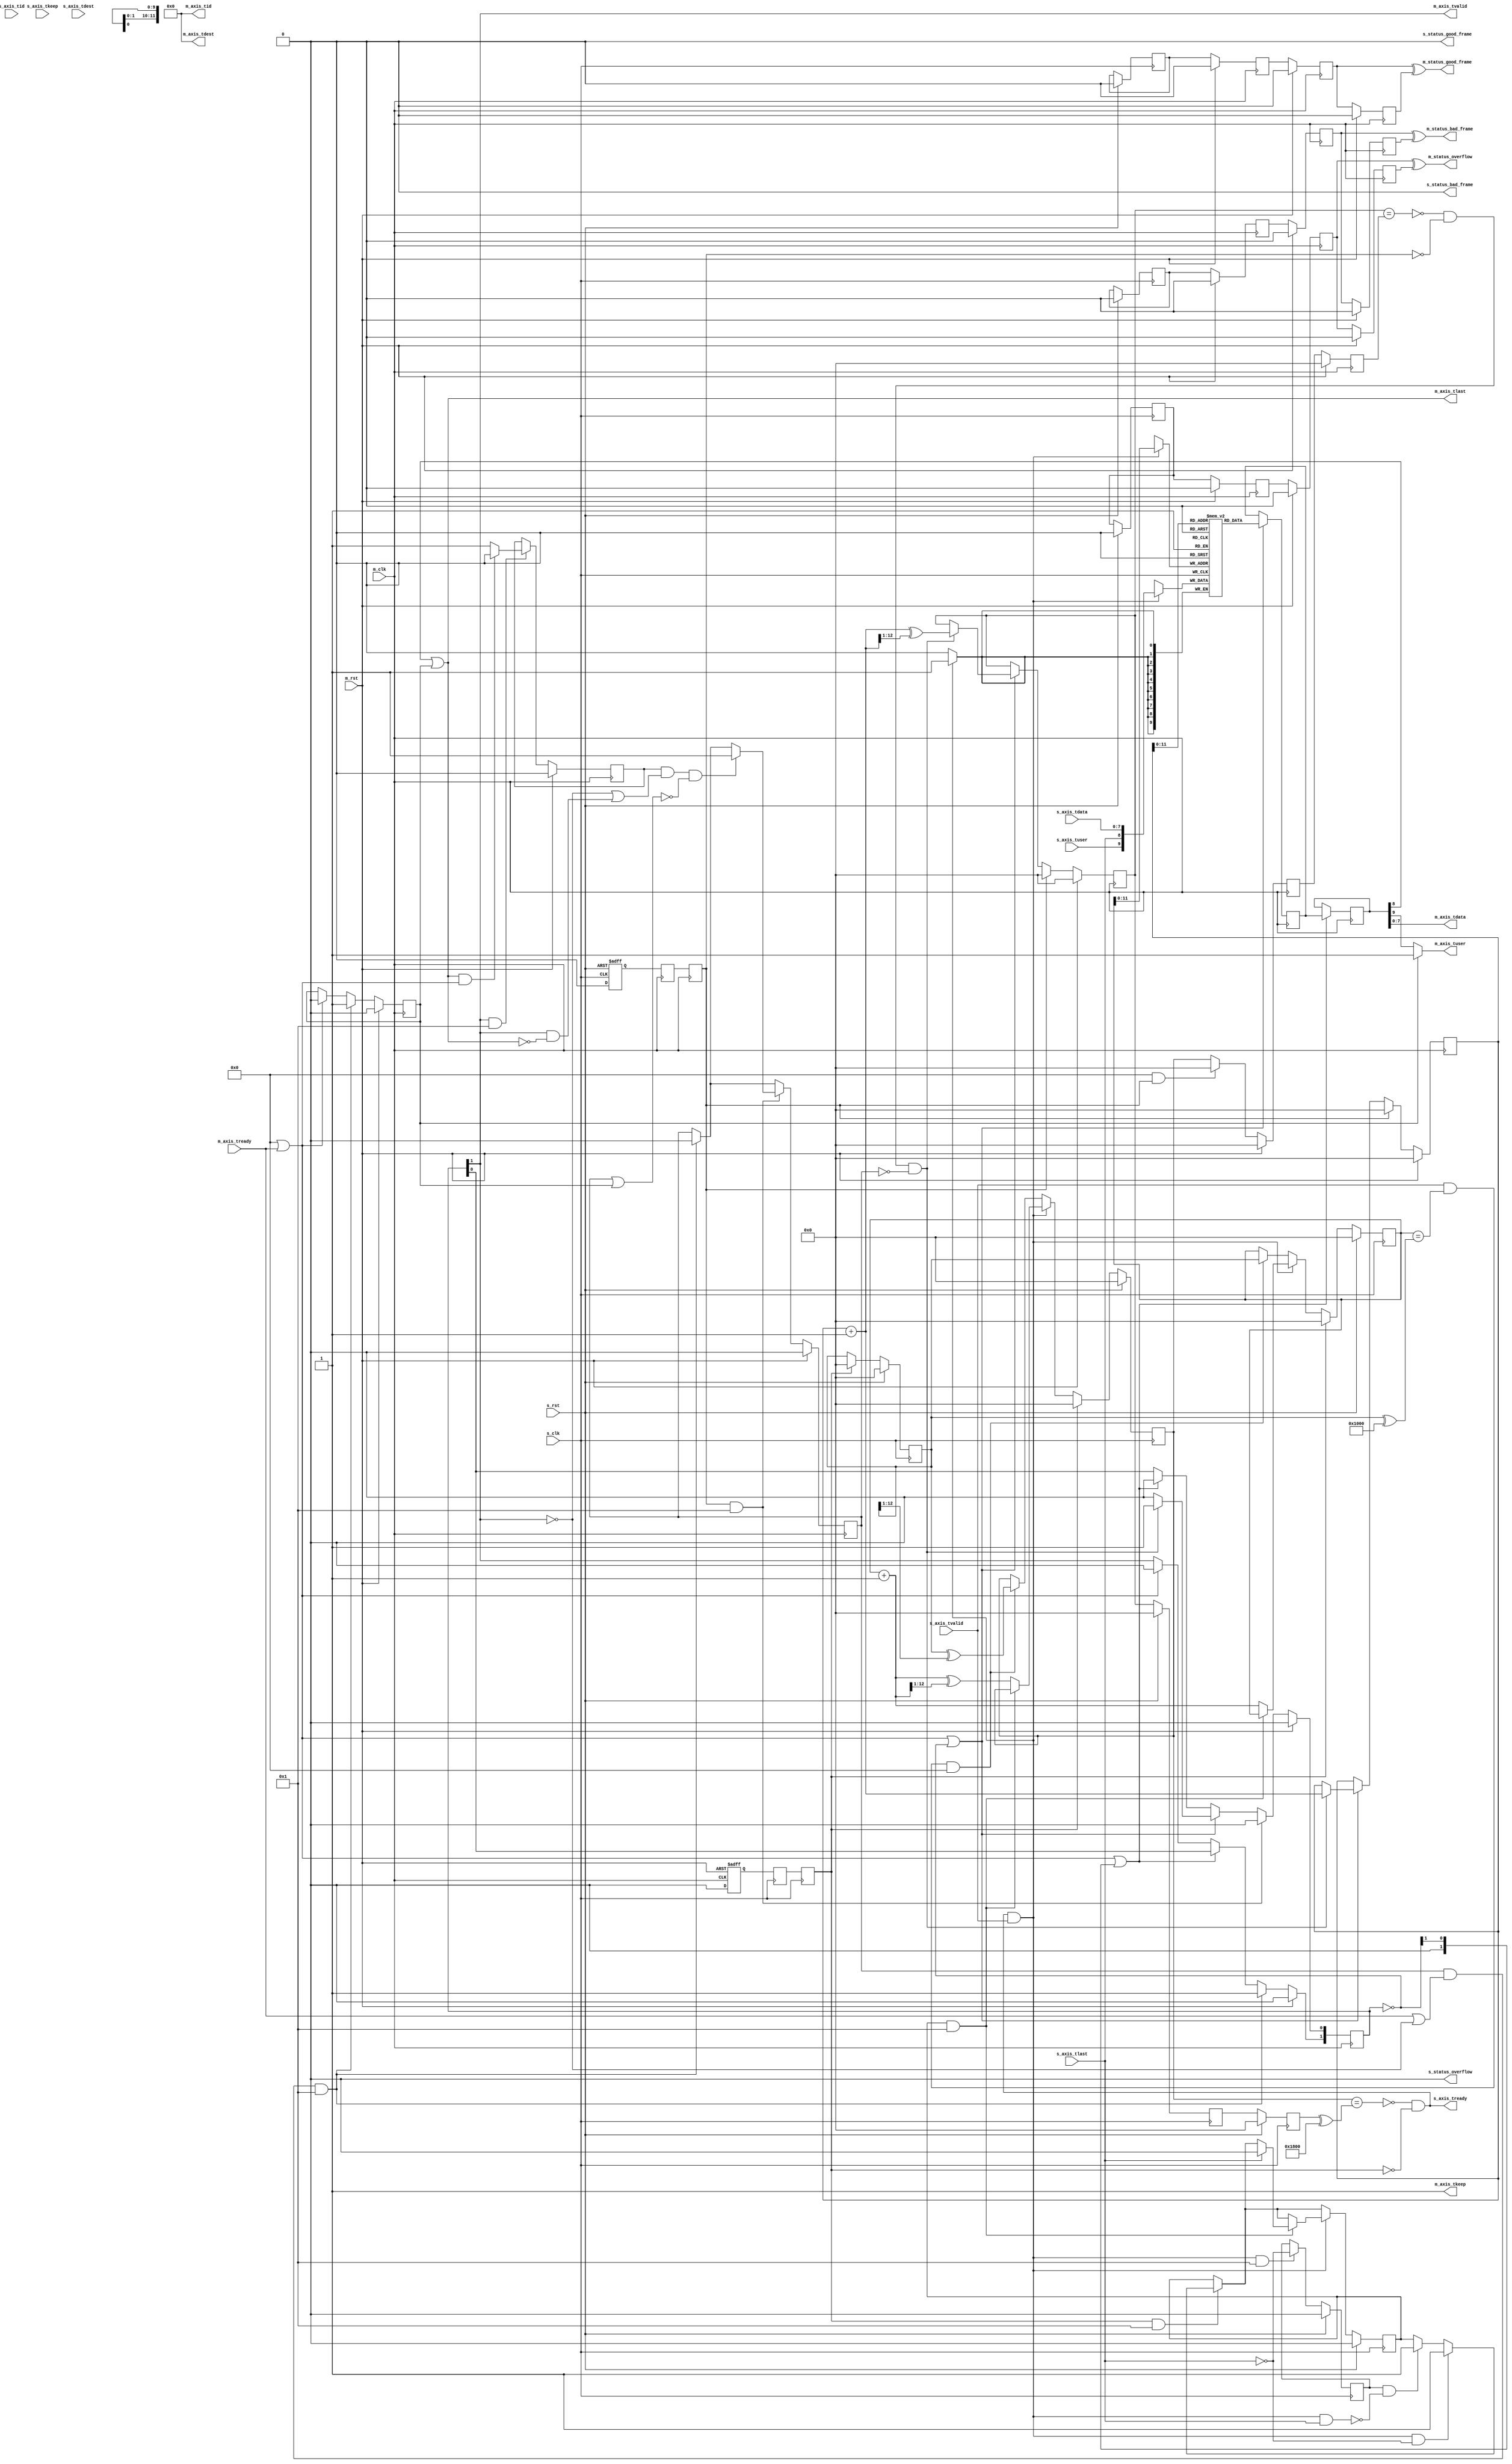
// This program was cloned from: https://github.com/ucsdsysnet/Rosebud
// License: MIT License

/*

Copyright (c) 2014-2021 Alex Forencich

Permission is hereby granted, free of charge, to any person obtaining a copy
of this software and associated documentation files (the "Software"), to deal
in the Software without restriction, including without limitation the rights
to use, copy, modify, merge, publish, distribute, sublicense, and/or sell
copies of the Software, and to permit persons to whom the Software is
furnished to do so, subject to the following conditions:

The above copyright notice and this permission notice shall be included in
all copies or substantial portions of the Software.

THE SOFTWARE IS PROVIDED "AS IS", WITHOUT WARRANTY OF ANY KIND, EXPRESS OR
IMPLIED, INCLUDING BUT NOT LIMITED TO THE WARRANTIES OF MERCHANTABILITY
FITNESS FOR A PARTICULAR PURPOSE AND NONINFRINGEMENT. IN NO EVENT SHALL THE
AUTHORS OR COPYRIGHT HOLDERS BE LIABLE FOR ANY CLAIM, DAMAGES OR OTHER
LIABILITY, WHETHER IN AN ACTION OF CONTRACT, TORT OR OTHERWISE, ARISING FROM,
OUT OF OR IN CONNECTION WITH THE SOFTWARE OR THE USE OR OTHER DEALINGS IN
THE SOFTWARE.

*/

// Language: Verilog 2001

`resetall
`timescale 1ns / 1ps
`default_nettype none

/*
 * AXI4-Stream asynchronous FIFO
 */
module axis_async_fifo #
(
    // FIFO depth in words
    // KEEP_WIDTH words per cycle if KEEP_ENABLE set
    // Rounded up to nearest power of 2 cycles
    parameter DEPTH = 4096,
    // Width of AXI stream interfaces in bits
    parameter DATA_WIDTH = 8,
    // Propagate tkeep signal
    // If disabled, tkeep assumed to be 1'b1
    parameter KEEP_ENABLE = (DATA_WIDTH>8),
    // tkeep signal width (words per cycle)
    parameter KEEP_WIDTH = ((DATA_WIDTH+7)/8),
    // Propagate tlast signal
    parameter LAST_ENABLE = 1,
    // Propagate tid signal
    parameter ID_ENABLE = 0,
    // tid signal width
    parameter ID_WIDTH = 8,
    // Propagate tdest signal
    parameter DEST_ENABLE = 0,
    // tdest signal width
    parameter DEST_WIDTH = 8,
    // Propagate tuser signal
    parameter USER_ENABLE = 1,
    // tuser signal width
    parameter USER_WIDTH = 1,
    // number of RAM pipeline registers
    parameter RAM_PIPELINE = 1,
    // use output FIFO
    // When set, the RAM read enable and pipeline clock enables are removed
    parameter OUTPUT_FIFO_ENABLE = 0,
    // Frame FIFO mode - operate on frames instead of cycles
    // When set, m_axis_tvalid will not be deasserted within a frame
    // Requires LAST_ENABLE set
    parameter FRAME_FIFO = 0,
    // tuser value for bad frame marker
    parameter USER_BAD_FRAME_VALUE = 1'b1,
    // tuser mask for bad frame marker
    parameter USER_BAD_FRAME_MASK = 1'b1,
    // Drop frames larger than FIFO
    // Requires FRAME_FIFO set
    parameter DROP_OVERSIZE_FRAME = FRAME_FIFO,
    // Drop frames marked bad
    // Requires FRAME_FIFO and DROP_OVERSIZE_FRAME set
    parameter DROP_BAD_FRAME = 0,
    // Drop incoming frames when full
    // When set, s_axis_tready is always asserted
    // Requires FRAME_FIFO and DROP_OVERSIZE_FRAME set
    parameter DROP_WHEN_FULL = 0
)
(
    /*
     * AXI input
     */
    input  wire                   s_clk,
    input  wire                   s_rst,
    input  wire [DATA_WIDTH-1:0]  s_axis_tdata,
    input  wire [KEEP_WIDTH-1:0]  s_axis_tkeep,
    input  wire                   s_axis_tvalid,
    output wire                   s_axis_tready,
    input  wire                   s_axis_tlast,
    input  wire [ID_WIDTH-1:0]    s_axis_tid,
    input  wire [DEST_WIDTH-1:0]  s_axis_tdest,
    input  wire [USER_WIDTH-1:0]  s_axis_tuser,

    /*
     * AXI output
     */
    input  wire                   m_clk,
    input  wire                   m_rst,
    output wire [DATA_WIDTH-1:0]  m_axis_tdata,
    output wire [KEEP_WIDTH-1:0]  m_axis_tkeep,
    output wire                   m_axis_tvalid,
    input  wire                   m_axis_tready,
    output wire                   m_axis_tlast,
    output wire [ID_WIDTH-1:0]    m_axis_tid,
    output wire [DEST_WIDTH-1:0]  m_axis_tdest,
    output wire [USER_WIDTH-1:0]  m_axis_tuser,

    /*
     * Status
     */
    output wire                   s_status_overflow,
    output wire                   s_status_bad_frame,
    output wire                   s_status_good_frame,
    output wire                   m_status_overflow,
    output wire                   m_status_bad_frame,
    output wire                   m_status_good_frame
);

parameter ADDR_WIDTH = (KEEP_ENABLE && KEEP_WIDTH > 1) ? $clog2(DEPTH/KEEP_WIDTH) : $clog2(DEPTH);

parameter OUTPUT_FIFO_ADDR_WIDTH = RAM_PIPELINE < 2 ? 3 : $clog2(RAM_PIPELINE*2+7);

// check configuration
initial begin
    if (FRAME_FIFO && !LAST_ENABLE) begin
        $error("Error: FRAME_FIFO set requires LAST_ENABLE set (instance %m)");
        $finish;
    end

    if (DROP_OVERSIZE_FRAME && !FRAME_FIFO) begin
        $error("Error: DROP_OVERSIZE_FRAME set requires FRAME_FIFO set (instance %m)");
        $finish;
    end

    if (DROP_BAD_FRAME && !(FRAME_FIFO && DROP_OVERSIZE_FRAME)) begin
        $error("Error: DROP_BAD_FRAME set requires FRAME_FIFO and DROP_OVERSIZE_FRAME set (instance %m)");
        $finish;
    end

    if (DROP_WHEN_FULL && !(FRAME_FIFO && DROP_OVERSIZE_FRAME)) begin
        $error("Error: DROP_WHEN_FULL set requires FRAME_FIFO and DROP_OVERSIZE_FRAME set (instance %m)");
        $finish;
    end

    if (DROP_BAD_FRAME && (USER_BAD_FRAME_MASK & {USER_WIDTH{1'b1}}) == 0) begin
        $error("Error: Invalid USER_BAD_FRAME_MASK value (instance %m)");
        $finish;
    end
end

localparam KEEP_OFFSET = DATA_WIDTH;
localparam LAST_OFFSET = KEEP_OFFSET + (KEEP_ENABLE ? KEEP_WIDTH : 0);
localparam ID_OFFSET   = LAST_OFFSET + (LAST_ENABLE ? 1          : 0);
localparam DEST_OFFSET = ID_OFFSET   + (ID_ENABLE   ? ID_WIDTH   : 0);
localparam USER_OFFSET = DEST_OFFSET + (DEST_ENABLE ? DEST_WIDTH : 0);
localparam WIDTH       = USER_OFFSET + (USER_ENABLE ? USER_WIDTH : 0);

reg [ADDR_WIDTH:0] wr_ptr_reg = {ADDR_WIDTH+1{1'b0}};
reg [ADDR_WIDTH:0] wr_ptr_cur_reg = {ADDR_WIDTH+1{1'b0}};
reg [ADDR_WIDTH:0] wr_ptr_gray_reg = {ADDR_WIDTH+1{1'b0}};
reg [ADDR_WIDTH:0] wr_ptr_sync_gray_reg = {ADDR_WIDTH+1{1'b0}};
reg [ADDR_WIDTH:0] wr_ptr_cur_gray_reg = {ADDR_WIDTH+1{1'b0}};
reg [ADDR_WIDTH:0] rd_ptr_reg = {ADDR_WIDTH+1{1'b0}};
reg [ADDR_WIDTH:0] rd_ptr_gray_reg = {ADDR_WIDTH+1{1'b0}};

reg [ADDR_WIDTH:0] wr_ptr_temp;
reg [ADDR_WIDTH:0] rd_ptr_temp;

(* SHREG_EXTRACT = "NO" *)
reg [ADDR_WIDTH:0] wr_ptr_gray_sync1_reg = {ADDR_WIDTH+1{1'b0}};
(* SHREG_EXTRACT = "NO" *)
reg [ADDR_WIDTH:0] wr_ptr_gray_sync2_reg = {ADDR_WIDTH+1{1'b0}};
(* SHREG_EXTRACT = "NO" *)
reg [ADDR_WIDTH:0] rd_ptr_gray_sync1_reg = {ADDR_WIDTH+1{1'b0}};
(* SHREG_EXTRACT = "NO" *)
reg [ADDR_WIDTH:0] rd_ptr_gray_sync2_reg = {ADDR_WIDTH+1{1'b0}};

reg wr_ptr_update_valid_reg = 1'b0;
reg wr_ptr_update_reg = 1'b0;
(* SHREG_EXTRACT = "NO" *)
reg wr_ptr_update_sync1_reg = 1'b0;
(* SHREG_EXTRACT = "NO" *)
reg wr_ptr_update_sync2_reg = 1'b0;
(* SHREG_EXTRACT = "NO" *)
reg wr_ptr_update_sync3_reg = 1'b0;
(* SHREG_EXTRACT = "NO" *)
reg wr_ptr_update_ack_sync1_reg = 1'b0;
(* SHREG_EXTRACT = "NO" *)
reg wr_ptr_update_ack_sync2_reg = 1'b0;

(* SHREG_EXTRACT = "NO" *)
reg s_rst_sync1_reg = 1'b1;
(* SHREG_EXTRACT = "NO" *)
reg s_rst_sync2_reg = 1'b1;
(* SHREG_EXTRACT = "NO" *)
reg s_rst_sync3_reg = 1'b1;
(* SHREG_EXTRACT = "NO" *)
reg m_rst_sync1_reg = 1'b1;
(* SHREG_EXTRACT = "NO" *)
reg m_rst_sync2_reg = 1'b1;
(* SHREG_EXTRACT = "NO" *)
reg m_rst_sync3_reg = 1'b1;

(* ramstyle = "no_rw_check" *)
reg [WIDTH-1:0] mem[(2**ADDR_WIDTH)-1:0];
reg [WIDTH-1:0] mem_read_data_reg;
reg mem_read_data_valid_reg = 1'b0;

(* shreg_extract = "no" *)
reg [WIDTH-1:0] m_axis_pipe_reg[RAM_PIPELINE+1-1:0];
reg [RAM_PIPELINE+1-1:0] m_axis_tvalid_pipe_reg = 0;

// full when first TWO MSBs do NOT match, but rest matches
// (gray code equivalent of first MSB different but rest same)
wire full = wr_ptr_gray_reg == (rd_ptr_gray_sync2_reg ^ {2'b11, {ADDR_WIDTH-1{1'b0}}});
wire full_cur = wr_ptr_cur_gray_reg == (rd_ptr_gray_sync2_reg ^ {2'b11, {ADDR_WIDTH-1{1'b0}}});
// empty when pointers match exactly
wire empty = rd_ptr_gray_reg == (FRAME_FIFO ? wr_ptr_gray_sync1_reg : wr_ptr_gray_sync2_reg);
// overflow within packet
wire full_wr = wr_ptr_reg == (wr_ptr_cur_reg ^ {1'b1, {ADDR_WIDTH{1'b0}}});

// control signals
reg write;
reg read;
reg store_output;

reg s_frame_reg = 1'b0;
reg m_frame_reg = 1'b0;

reg drop_frame_reg = 1'b0;
reg send_frame_reg = 1'b0;
reg overflow_reg = 1'b0;
reg bad_frame_reg = 1'b0;
reg good_frame_reg = 1'b0;

reg m_drop_frame_reg = 1'b0;
reg m_terminate_frame_reg = 1'b0;

reg overflow_sync1_reg = 1'b0;
reg overflow_sync2_reg = 1'b0;
reg overflow_sync3_reg = 1'b0;
reg overflow_sync4_reg = 1'b0;
reg bad_frame_sync1_reg = 1'b0;
reg bad_frame_sync2_reg = 1'b0;
reg bad_frame_sync3_reg = 1'b0;
reg bad_frame_sync4_reg = 1'b0;
reg good_frame_sync1_reg = 1'b0;
reg good_frame_sync2_reg = 1'b0;
reg good_frame_sync3_reg = 1'b0;
reg good_frame_sync4_reg = 1'b0;

assign s_axis_tready = (FRAME_FIFO ? (!full_cur || (full_wr && DROP_OVERSIZE_FRAME) || DROP_WHEN_FULL) : !full) && !s_rst_sync3_reg;

wire [WIDTH-1:0] s_axis;

generate
    assign s_axis[DATA_WIDTH-1:0] = s_axis_tdata;
    if (KEEP_ENABLE) assign s_axis[KEEP_OFFSET +: KEEP_WIDTH] = s_axis_tkeep;
    if (LAST_ENABLE) assign s_axis[LAST_OFFSET]               = s_axis_tlast;
    if (ID_ENABLE)   assign s_axis[ID_OFFSET   +: ID_WIDTH]   = s_axis_tid;
    if (DEST_ENABLE) assign s_axis[DEST_OFFSET +: DEST_WIDTH] = s_axis_tdest;
    if (USER_ENABLE) assign s_axis[USER_OFFSET +: USER_WIDTH] = s_axis_tuser;
endgenerate

wire [WIDTH-1:0] m_axis = RAM_PIPELINE ? m_axis_pipe_reg[RAM_PIPELINE+1-1] : mem_read_data_reg;

wire                   m_axis_tvalid_pipe = m_axis_tvalid_pipe_reg[RAM_PIPELINE+1-1];

wire [DATA_WIDTH-1:0]  m_axis_tdata_pipe  = m_axis[DATA_WIDTH-1:0];
wire [KEEP_WIDTH-1:0]  m_axis_tkeep_pipe  = KEEP_ENABLE ? m_axis[KEEP_OFFSET +: KEEP_WIDTH] : {KEEP_WIDTH{1'b1}};
wire                   m_axis_tlast_pipe  = LAST_ENABLE ? m_axis[LAST_OFFSET] | m_terminate_frame_reg : 1'b1;
wire [ID_WIDTH-1:0]    m_axis_tid_pipe    = ID_ENABLE   ? m_axis[ID_OFFSET +: ID_WIDTH] : {ID_WIDTH{1'b0}};
wire [DEST_WIDTH-1:0]  m_axis_tdest_pipe  = DEST_ENABLE ? m_axis[DEST_OFFSET +: DEST_WIDTH] : {DEST_WIDTH{1'b0}};
wire [USER_WIDTH-1:0]  m_axis_tuser_pipe  = USER_ENABLE ? (m_terminate_frame_reg ? USER_BAD_FRAME_VALUE : m_axis[USER_OFFSET +: USER_WIDTH]) : {USER_WIDTH{1'b0}};

wire pipe_ready;

assign s_status_overflow = overflow_reg;
assign s_status_bad_frame = bad_frame_reg;
assign s_status_good_frame = good_frame_reg;

assign m_status_overflow = overflow_sync3_reg ^ overflow_sync4_reg;
assign m_status_bad_frame = bad_frame_sync3_reg ^ bad_frame_sync4_reg;
assign m_status_good_frame = good_frame_sync3_reg ^ good_frame_sync4_reg;

// reset synchronization
always @(posedge m_clk or posedge m_rst) begin
    if (m_rst) begin
        s_rst_sync1_reg <= 1'b1;
    end else begin
        s_rst_sync1_reg <= 1'b0;
    end
end

always @(posedge s_clk) begin
    s_rst_sync2_reg <= s_rst_sync1_reg;
    s_rst_sync3_reg <= s_rst_sync2_reg;
end

always @(posedge s_clk or posedge s_rst) begin
    if (s_rst) begin
        m_rst_sync1_reg <= 1'b1;
    end else begin
        m_rst_sync1_reg <= 1'b0;
    end
end

always @(posedge m_clk) begin
    m_rst_sync2_reg <= m_rst_sync1_reg;
    m_rst_sync3_reg <= m_rst_sync2_reg;
end

// Write logic
always @(posedge s_clk) begin
    overflow_reg <= 1'b0;
    bad_frame_reg <= 1'b0;
    good_frame_reg <= 1'b0;

    if (FRAME_FIFO && wr_ptr_update_valid_reg) begin
        // have updated pointer to sync
        if (wr_ptr_update_reg == wr_ptr_update_ack_sync2_reg) begin
            // no sync in progress; sync update
            wr_ptr_update_valid_reg <= 1'b0;
            wr_ptr_sync_gray_reg <= wr_ptr_gray_reg;
            wr_ptr_update_reg <= !wr_ptr_update_ack_sync2_reg;
        end
    end

    if (s_axis_tready && s_axis_tvalid && LAST_ENABLE) begin
        // track input frame status
        s_frame_reg <= !s_axis_tlast;
    end

    if (s_rst_sync3_reg && LAST_ENABLE) begin
        // if sink side is reset during transfer, drop partial frame
        if (s_frame_reg && !(s_axis_tready && s_axis_tvalid && s_axis_tlast)) begin
            drop_frame_reg <= 1'b1;
        end
        if (s_axis_tready && s_axis_tvalid && !s_axis_tlast) begin
            drop_frame_reg <= 1'b1;
        end
    end

    if (s_axis_tready && s_axis_tvalid) begin
        // transfer in
        if (!FRAME_FIFO) begin
            // normal FIFO mode
            mem[wr_ptr_reg[ADDR_WIDTH-1:0]] <= s_axis;
            if (drop_frame_reg && LAST_ENABLE) begin
                // currently dropping frame
                // (only for frame transfers interrupted by sink reset)
                if (s_axis_tlast) begin
                    // end of frame, clear drop flag
                    drop_frame_reg <= 1'b0;
                end
            end else begin
                // update pointers
                wr_ptr_temp = wr_ptr_reg + 1;
                wr_ptr_reg <= wr_ptr_temp;
                wr_ptr_gray_reg <= wr_ptr_temp ^ (wr_ptr_temp >> 1);
            end
        end else if ((full_cur && DROP_WHEN_FULL) || (full_wr && DROP_OVERSIZE_FRAME) || drop_frame_reg) begin
            // full, packet overflow, or currently dropping frame
            // drop frame
            drop_frame_reg <= 1'b1;
            if (s_axis_tlast) begin
                // end of frame, reset write pointer
                wr_ptr_temp = wr_ptr_reg;
                wr_ptr_cur_reg <= wr_ptr_temp;
                wr_ptr_cur_gray_reg <= wr_ptr_temp ^ (wr_ptr_temp >> 1);
                drop_frame_reg <= 1'b0;
                overflow_reg <= 1'b1;
            end
        end else begin
            mem[wr_ptr_cur_reg[ADDR_WIDTH-1:0]] <= s_axis;
            wr_ptr_temp = wr_ptr_cur_reg + 1;
            wr_ptr_cur_reg <= wr_ptr_temp;
            wr_ptr_cur_gray_reg <= wr_ptr_temp ^ (wr_ptr_temp >> 1);
            if (s_axis_tlast || (!DROP_OVERSIZE_FRAME && (full_wr || send_frame_reg))) begin
                // end of frame or send frame
                send_frame_reg <= !s_axis_tlast;
                if (s_axis_tlast && DROP_BAD_FRAME && USER_BAD_FRAME_MASK & ~(s_axis_tuser ^ USER_BAD_FRAME_VALUE)) begin
                    // bad packet, reset write pointer
                    wr_ptr_temp = wr_ptr_reg;
                    wr_ptr_cur_reg <= wr_ptr_temp;
                    wr_ptr_cur_gray_reg <= wr_ptr_temp ^ (wr_ptr_temp >> 1);
                    bad_frame_reg <= 1'b1;
                end else begin
                    // good packet or packet overflow, update write pointer
                    wr_ptr_temp = wr_ptr_cur_reg + 1;
                    wr_ptr_reg <= wr_ptr_temp;
                    wr_ptr_gray_reg <= wr_ptr_temp ^ (wr_ptr_temp >> 1);

                    if (wr_ptr_update_reg == wr_ptr_update_ack_sync2_reg) begin
                        // no sync in progress; sync update
                        wr_ptr_update_valid_reg <= 1'b0;
                        wr_ptr_sync_gray_reg <= wr_ptr_temp ^ (wr_ptr_temp >> 1);
                        wr_ptr_update_reg <= !wr_ptr_update_ack_sync2_reg;
                    end else begin
                        // sync in progress; flag it for later
                        wr_ptr_update_valid_reg <= 1'b1;
                    end

                    good_frame_reg <= s_axis_tlast;
                end
            end
        end
    end else if (s_axis_tvalid && full_wr && FRAME_FIFO && !DROP_OVERSIZE_FRAME) begin
        // data valid with packet overflow
        // update write pointer
        send_frame_reg <= 1'b1;
        wr_ptr_temp = wr_ptr_cur_reg;
        wr_ptr_reg <= wr_ptr_temp;
        wr_ptr_gray_reg <= wr_ptr_temp ^ (wr_ptr_temp >> 1);

        if (wr_ptr_update_reg == wr_ptr_update_ack_sync2_reg) begin
            // no sync in progress; sync update
            wr_ptr_update_valid_reg <= 1'b0;
            wr_ptr_sync_gray_reg <= wr_ptr_temp ^ (wr_ptr_temp >> 1);
            wr_ptr_update_reg <= !wr_ptr_update_ack_sync2_reg;
        end else begin
            // sync in progress; flag it for later
            wr_ptr_update_valid_reg <= 1'b1;
        end
    end

    if (s_rst_sync3_reg) begin
        wr_ptr_reg <= {ADDR_WIDTH+1{1'b0}};
        wr_ptr_cur_reg <= {ADDR_WIDTH+1{1'b0}};
        wr_ptr_gray_reg <= {ADDR_WIDTH+1{1'b0}};
        wr_ptr_sync_gray_reg <= {ADDR_WIDTH+1{1'b0}};
        wr_ptr_cur_gray_reg <= {ADDR_WIDTH+1{1'b0}};

        wr_ptr_update_valid_reg <= 1'b0;
        wr_ptr_update_reg <= 1'b0;
    end

    if (s_rst) begin
        wr_ptr_reg <= {ADDR_WIDTH+1{1'b0}};
        wr_ptr_cur_reg <= {ADDR_WIDTH+1{1'b0}};
        wr_ptr_gray_reg <= {ADDR_WIDTH+1{1'b0}};
        wr_ptr_sync_gray_reg <= {ADDR_WIDTH+1{1'b0}};
        wr_ptr_cur_gray_reg <= {ADDR_WIDTH+1{1'b0}};

        wr_ptr_update_valid_reg <= 1'b0;
        wr_ptr_update_reg <= 1'b0;

        s_frame_reg <= 1'b0;

        drop_frame_reg <= 1'b0;
        send_frame_reg <= 1'b0;
        overflow_reg <= 1'b0;
        bad_frame_reg <= 1'b0;
        good_frame_reg <= 1'b0;
    end
end

// pointer synchronization
always @(posedge s_clk) begin
    rd_ptr_gray_sync1_reg <= rd_ptr_gray_reg;
    rd_ptr_gray_sync2_reg <= rd_ptr_gray_sync1_reg;
    wr_ptr_update_ack_sync1_reg <= wr_ptr_update_sync3_reg;
    wr_ptr_update_ack_sync2_reg <= wr_ptr_update_ack_sync1_reg;

    if (s_rst) begin
        rd_ptr_gray_sync1_reg <= {ADDR_WIDTH+1{1'b0}};
        rd_ptr_gray_sync2_reg <= {ADDR_WIDTH+1{1'b0}};
        wr_ptr_update_ack_sync1_reg <= 1'b0;
        wr_ptr_update_ack_sync2_reg <= 1'b0;
    end
end

always @(posedge m_clk) begin
    if (!FRAME_FIFO) begin
        wr_ptr_gray_sync1_reg <= wr_ptr_gray_reg;
    end else if (wr_ptr_update_sync2_reg ^ wr_ptr_update_sync3_reg) begin
        wr_ptr_gray_sync1_reg <= wr_ptr_sync_gray_reg;
    end
    wr_ptr_gray_sync2_reg <= wr_ptr_gray_sync1_reg;
    wr_ptr_update_sync1_reg <= wr_ptr_update_reg;
    wr_ptr_update_sync2_reg <= wr_ptr_update_sync1_reg;
    wr_ptr_update_sync3_reg <= wr_ptr_update_sync2_reg;

    if (FRAME_FIFO && m_rst_sync3_reg) begin
        wr_ptr_gray_sync1_reg <= {ADDR_WIDTH+1{1'b0}};
    end

    if (m_rst) begin
        wr_ptr_gray_sync1_reg <= {ADDR_WIDTH+1{1'b0}};
        wr_ptr_gray_sync2_reg <= {ADDR_WIDTH+1{1'b0}};
        wr_ptr_update_sync1_reg <= 1'b0;
        wr_ptr_update_sync2_reg <= 1'b0;
        wr_ptr_update_sync3_reg <= 1'b0;
    end
end

// status synchronization
always @(posedge s_clk) begin
    overflow_sync1_reg <= overflow_sync1_reg ^ overflow_reg;
    bad_frame_sync1_reg <= bad_frame_sync1_reg ^ bad_frame_reg;
    good_frame_sync1_reg <= good_frame_sync1_reg ^ good_frame_reg;

    if (s_rst) begin
        overflow_sync1_reg <= 1'b0;
        bad_frame_sync1_reg <= 1'b0;
        good_frame_sync1_reg <= 1'b0;
    end
end

always @(posedge m_clk) begin
    overflow_sync2_reg <= overflow_sync1_reg;
    overflow_sync3_reg <= overflow_sync2_reg;
    overflow_sync4_reg <= overflow_sync3_reg;
    bad_frame_sync2_reg <= bad_frame_sync1_reg;
    bad_frame_sync3_reg <= bad_frame_sync2_reg;
    bad_frame_sync4_reg <= bad_frame_sync3_reg;
    good_frame_sync2_reg <= good_frame_sync1_reg;
    good_frame_sync3_reg <= good_frame_sync2_reg;
    good_frame_sync4_reg <= good_frame_sync3_reg;

    if (m_rst) begin
        overflow_sync2_reg <= 1'b0;
        overflow_sync3_reg <= 1'b0;
        overflow_sync4_reg <= 1'b0;
        bad_frame_sync2_reg <= 1'b0;
        bad_frame_sync3_reg <= 1'b0;
        bad_frame_sync4_reg <= 1'b0;
        good_frame_sync2_reg <= 1'b0;
        good_frame_sync3_reg <= 1'b0;
        good_frame_sync4_reg <= 1'b0;
    end
end

// Read logic
integer j;

always @(posedge m_clk) begin
    if (OUTPUT_FIFO_ENABLE || m_axis_tready) begin
        // output ready; invalidate stage
        m_axis_tvalid_pipe_reg[RAM_PIPELINE+1-1] <= 1'b0;
        m_terminate_frame_reg <= 1'b0;
    end

    for (j = RAM_PIPELINE+1-1; j > 0; j = j - 1) begin
        if (OUTPUT_FIFO_ENABLE || m_axis_tready || ((~m_axis_tvalid_pipe_reg) >> j)) begin
            // output ready or bubble in pipeline; transfer down pipeline
            m_axis_tvalid_pipe_reg[j] <= m_axis_tvalid_pipe_reg[j-1];
            m_axis_pipe_reg[j] <= j == 1 ? mem_read_data_reg : m_axis_pipe_reg[j-1];
            m_axis_tvalid_pipe_reg[j-1] <= 1'b0;
        end
    end

    if (OUTPUT_FIFO_ENABLE || m_axis_tready || ~m_axis_tvalid_pipe_reg) begin
        // output ready or bubble in pipeline; read new data from FIFO
        m_axis_tvalid_pipe_reg[0] <= 1'b0;
        mem_read_data_reg <= mem[rd_ptr_reg[ADDR_WIDTH-1:0]];
        if (!empty && !m_rst_sync3_reg && !m_drop_frame_reg && pipe_ready) begin
            // not empty, increment pointer
            m_axis_tvalid_pipe_reg[0] <= 1'b1;
            rd_ptr_temp = rd_ptr_reg + 1;
            rd_ptr_reg <= rd_ptr_temp;
            rd_ptr_gray_reg <= rd_ptr_temp ^ (rd_ptr_temp >> 1);
        end
    end

    if (m_axis_tvalid_pipe && LAST_ENABLE) begin
        // track output frame status
        if (m_axis_tlast_pipe && (OUTPUT_FIFO_ENABLE || m_axis_tready)) begin
            m_frame_reg <= 1'b0;
        end else begin
            m_frame_reg <= 1'b1;
        end
    end

    if (m_drop_frame_reg && (OUTPUT_FIFO_ENABLE ? pipe_ready : m_axis_tready || !m_axis_tvalid_pipe) && LAST_ENABLE) begin
        // terminate frame
        // (only for frame transfers interrupted by source reset)
        m_axis_tvalid_pipe_reg[RAM_PIPELINE+1-1] <= 1'b1;
        m_terminate_frame_reg <= 1'b1;
        m_drop_frame_reg <= 1'b0;
    end

    if (m_rst_sync3_reg && LAST_ENABLE) begin
        // if source side is reset during transfer, drop partial frame

        // empty output pipeline, except for last stage
        if (RAM_PIPELINE > 0) begin
            m_axis_tvalid_pipe_reg[RAM_PIPELINE+1-2:0] <= 0;
        end

        if (m_frame_reg && (!m_axis_tvalid_pipe || (m_axis_tvalid_pipe && !m_axis_tlast_pipe)) &&
                !(m_drop_frame_reg || m_terminate_frame_reg)) begin
            // terminate frame
            m_drop_frame_reg <= 1'b1;
        end
    end

    if (m_rst_sync3_reg) begin
        rd_ptr_reg <= {ADDR_WIDTH+1{1'b0}};
        rd_ptr_gray_reg <= {ADDR_WIDTH+1{1'b0}};
    end

    if (m_rst) begin
        rd_ptr_reg <= {ADDR_WIDTH+1{1'b0}};
        rd_ptr_gray_reg <= {ADDR_WIDTH+1{1'b0}};
        m_axis_tvalid_pipe_reg <= 0;
        m_frame_reg <= 1'b0;
        m_drop_frame_reg <= 1'b0;
        m_terminate_frame_reg <= 1'b0;
    end
end

generate

if (!OUTPUT_FIFO_ENABLE) begin

    assign pipe_ready = 1'b1;

    assign m_axis_tvalid = m_axis_tvalid_pipe;

    assign m_axis_tdata = m_axis_tdata_pipe;
    assign m_axis_tkeep = m_axis_tkeep_pipe;
    assign m_axis_tlast = m_axis_tlast_pipe;
    assign m_axis_tid   = m_axis_tid_pipe;
    assign m_axis_tdest = m_axis_tdest_pipe;
    assign m_axis_tuser = m_axis_tuser_pipe;

end else begin

    // output datapath logic
    reg [DATA_WIDTH-1:0] m_axis_tdata_reg  = {DATA_WIDTH{1'b0}};
    reg [KEEP_WIDTH-1:0] m_axis_tkeep_reg  = {KEEP_WIDTH{1'b0}};
    reg                  m_axis_tvalid_reg = 1'b0;
    reg                  m_axis_tlast_reg  = 1'b0;
    reg [ID_WIDTH-1:0]   m_axis_tid_reg    = {ID_WIDTH{1'b0}};
    reg [DEST_WIDTH-1:0] m_axis_tdest_reg  = {DEST_WIDTH{1'b0}};
    reg [USER_WIDTH-1:0] m_axis_tuser_reg  = {USER_WIDTH{1'b0}};

    reg [OUTPUT_FIFO_ADDR_WIDTH+1-1:0] out_fifo_wr_ptr_reg = 0;
    reg [OUTPUT_FIFO_ADDR_WIDTH+1-1:0] out_fifo_rd_ptr_reg = 0;
    reg out_fifo_half_full_reg = 1'b0;

    wire out_fifo_full = out_fifo_wr_ptr_reg == (out_fifo_rd_ptr_reg ^ {1'b1, {OUTPUT_FIFO_ADDR_WIDTH{1'b0}}});
    wire out_fifo_empty = out_fifo_wr_ptr_reg == out_fifo_rd_ptr_reg;

    (* ram_style = "distributed", ramstyle = "no_rw_check, mlab" *)
    reg [DATA_WIDTH-1:0] out_fifo_tdata[2**OUTPUT_FIFO_ADDR_WIDTH-1:0];
    (* ram_style = "distributed", ramstyle = "no_rw_check, mlab" *)
    reg [KEEP_WIDTH-1:0] out_fifo_tkeep[2**OUTPUT_FIFO_ADDR_WIDTH-1:0];
    (* ram_style = "distributed", ramstyle = "no_rw_check, mlab" *)
    reg                  out_fifo_tlast[2**OUTPUT_FIFO_ADDR_WIDTH-1:0];
    (* ram_style = "distributed", ramstyle = "no_rw_check, mlab" *)
    reg [ID_WIDTH-1:0]   out_fifo_tid[2**OUTPUT_FIFO_ADDR_WIDTH-1:0];
    (* ram_style = "distributed", ramstyle = "no_rw_check, mlab" *)
    reg [DEST_WIDTH-1:0] out_fifo_tdest[2**OUTPUT_FIFO_ADDR_WIDTH-1:0];
    (* ram_style = "distributed", ramstyle = "no_rw_check, mlab" *)
    reg [USER_WIDTH-1:0] out_fifo_tuser[2**OUTPUT_FIFO_ADDR_WIDTH-1:0];

    assign pipe_ready = !out_fifo_half_full_reg;

    assign m_axis_tdata  = m_axis_tdata_reg;
    assign m_axis_tkeep  = KEEP_ENABLE ? m_axis_tkeep_reg : {KEEP_WIDTH{1'b1}};
    assign m_axis_tvalid = m_axis_tvalid_reg;
    assign m_axis_tlast  = LAST_ENABLE ? m_axis_tlast_reg : 1'b1;
    assign m_axis_tid    = ID_ENABLE   ? m_axis_tid_reg   : {ID_WIDTH{1'b0}};
    assign m_axis_tdest  = DEST_ENABLE ? m_axis_tdest_reg : {DEST_WIDTH{1'b0}};
    assign m_axis_tuser  = USER_ENABLE ? m_axis_tuser_reg : {USER_WIDTH{1'b0}};

    always @(posedge m_clk) begin
        m_axis_tvalid_reg <= m_axis_tvalid_reg && !m_axis_tready;

        out_fifo_half_full_reg <= $unsigned(out_fifo_wr_ptr_reg - out_fifo_rd_ptr_reg) >= 2**(OUTPUT_FIFO_ADDR_WIDTH-1);

        if (!out_fifo_full && m_axis_tvalid_pipe) begin
            out_fifo_tdata[out_fifo_wr_ptr_reg[OUTPUT_FIFO_ADDR_WIDTH-1:0]] <= m_axis_tdata_pipe;
            out_fifo_tkeep[out_fifo_wr_ptr_reg[OUTPUT_FIFO_ADDR_WIDTH-1:0]] <= m_axis_tkeep_pipe;
            out_fifo_tlast[out_fifo_wr_ptr_reg[OUTPUT_FIFO_ADDR_WIDTH-1:0]] <= m_axis_tlast_pipe;
            out_fifo_tid[out_fifo_wr_ptr_reg[OUTPUT_FIFO_ADDR_WIDTH-1:0]] <= m_axis_tid_pipe;
            out_fifo_tdest[out_fifo_wr_ptr_reg[OUTPUT_FIFO_ADDR_WIDTH-1:0]] <= m_axis_tdest_pipe;
            out_fifo_tuser[out_fifo_wr_ptr_reg[OUTPUT_FIFO_ADDR_WIDTH-1:0]] <= m_axis_tuser_pipe;
            out_fifo_wr_ptr_reg <= out_fifo_wr_ptr_reg + 1;
        end

        if (!out_fifo_empty && (!m_axis_tvalid_reg || m_axis_tready)) begin
            m_axis_tdata_reg <= out_fifo_tdata[out_fifo_rd_ptr_reg[OUTPUT_FIFO_ADDR_WIDTH-1:0]];
            m_axis_tkeep_reg <= out_fifo_tkeep[out_fifo_rd_ptr_reg[OUTPUT_FIFO_ADDR_WIDTH-1:0]];
            m_axis_tvalid_reg <= 1'b1;
            m_axis_tlast_reg <= out_fifo_tlast[out_fifo_rd_ptr_reg[OUTPUT_FIFO_ADDR_WIDTH-1:0]];
            m_axis_tid_reg <= out_fifo_tid[out_fifo_rd_ptr_reg[OUTPUT_FIFO_ADDR_WIDTH-1:0]];
            m_axis_tdest_reg <= out_fifo_tdest[out_fifo_rd_ptr_reg[OUTPUT_FIFO_ADDR_WIDTH-1:0]];
            m_axis_tuser_reg <= out_fifo_tuser[out_fifo_rd_ptr_reg[OUTPUT_FIFO_ADDR_WIDTH-1:0]];
            out_fifo_rd_ptr_reg <= out_fifo_rd_ptr_reg + 1;
        end

        if (m_rst) begin
            out_fifo_wr_ptr_reg <= 0;
            out_fifo_rd_ptr_reg <= 0;
            m_axis_tvalid_reg <= 1'b0;
        end
    end

end

endgenerate

endmodule

`resetall